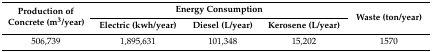
<table><thead><tr><td rowspan="2"><b>Production of Concrete (m<sup>3</sup>/year)</b></td><td colspan="3"><b>Energy Consumption</b></td><td rowspan="2"><b>Waste (ton/year)</b></td></tr><tr><td><b>Electric (kwh/year)</b></td><td><b>Diesel (L/year)</b></td><td><b>Kerosene (L/year)</b></td></tr></thead><tbody><tr><td>506,739</td><td>1,895,631</td><td>101,348</td><td>15,202</td><td>1570</td></tr></tbody></table>